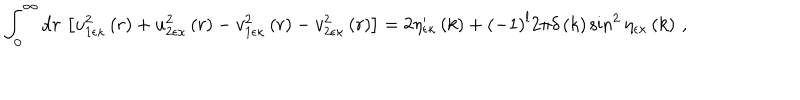
\int _ { 0 } ^ { \infty } \mathrm { d } r \, \left[ u _ { 1 \epsilon \kappa } ^ { 2 } \left( r \right) + u _ { 2 \epsilon \kappa } ^ { 2 } \left( r \right) - v _ { 1 \epsilon \kappa } ^ { 2 } \left( r \right) - v _ { 2 \epsilon \kappa } ^ { 2 } \left( r \right) \right] = 2 \eta _ { \epsilon \kappa } ^ { \prime } \left( k \right) + \left( - 1 \right) ^ { l } 2 \pi \delta \left( k \right) \sin ^ { 2 } \eta _ { \epsilon \kappa } \left( k \right) \, ,